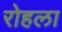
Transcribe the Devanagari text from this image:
रोहला